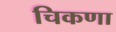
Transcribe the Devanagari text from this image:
चिकणा